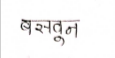
मजकूर: बसवून